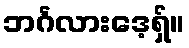
ဘင်္ဂလားဒေ့ရှ်။